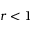
r < 1